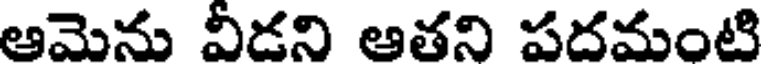
ఆమెను వీడని ఆతని పదమంటి